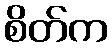
စိတ်က